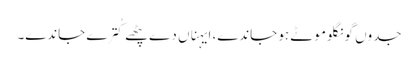
جدوں گونگلو موٹے ہو جاندے، ایہناں دے پٹھے کُترے جاندے۔